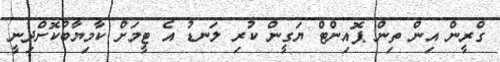
ގްރީން އިން ތިން ޕޮއިންޓް ޔަގީން ކުރި ލަނޑު އެ ޓީމަށް ކާމިޔާބުކޮށްދިނީ